65_HS1-834228961_62-HQ-83894_Section_6
Agency: FBI
Page 40
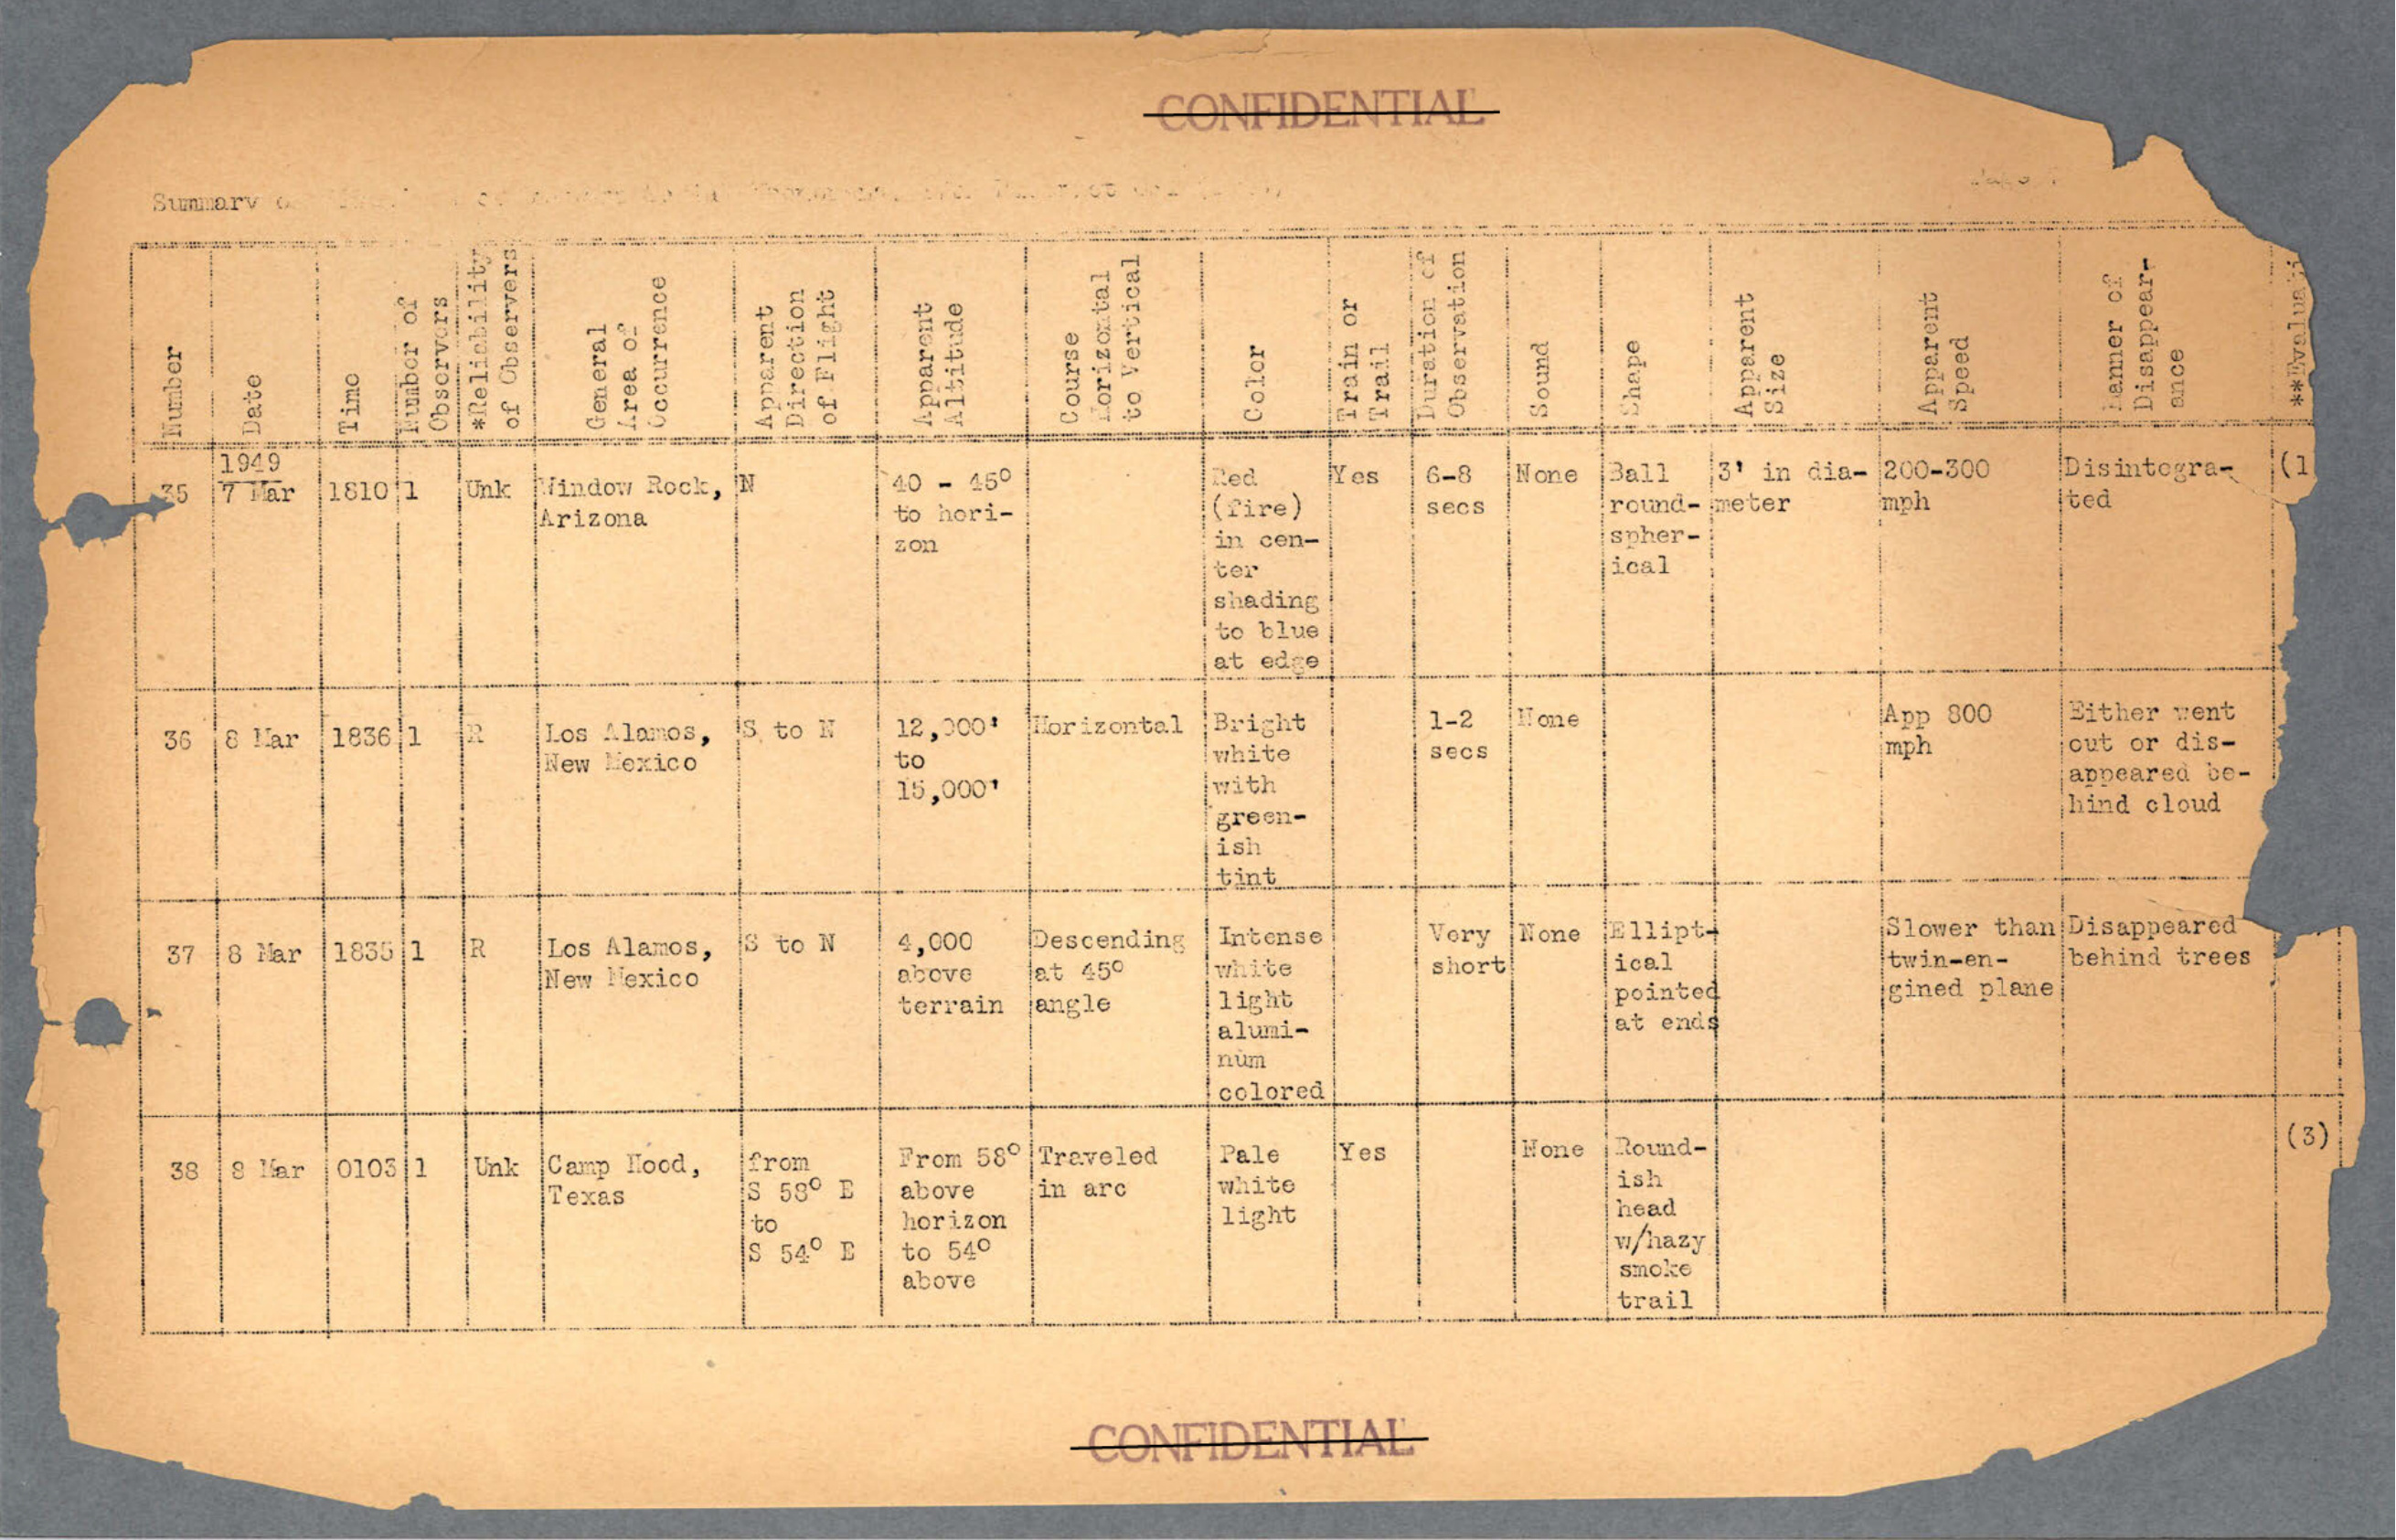